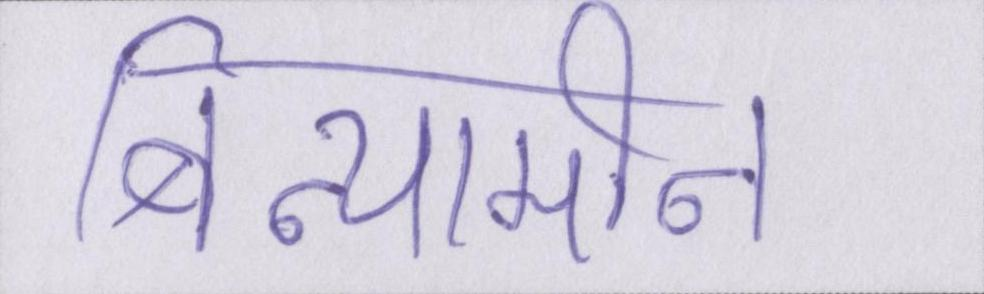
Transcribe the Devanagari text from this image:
बिन्यामीन